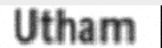
Utham